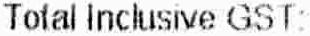
TOTAL INCLUSIVE GST: